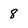
Character: 8